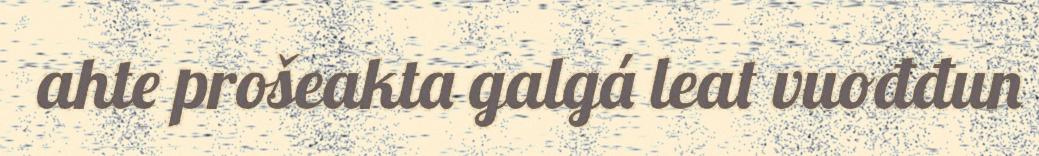
ahte prošeakta galgá leat vuođđun